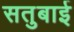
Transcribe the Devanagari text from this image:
सतुबाई